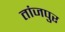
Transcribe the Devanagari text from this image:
तांजपुर